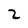
Character: Z